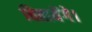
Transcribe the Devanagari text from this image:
बितायेंगे।